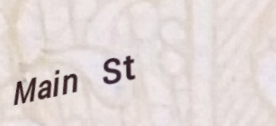
Main St